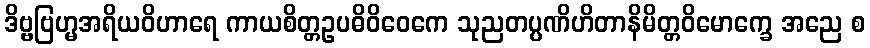
ဒိဗ္ဗဗြဟ္မအရိယဝိဟာရေ ကာယစိတ္တဥပဓိဝိဝေကေ သုညတပ္ပဏိဟိတာနိမိတ္တဝိမောက္ခေ အညေ စ